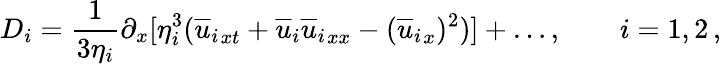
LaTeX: D_{i}=\frac{1}{3\eta_{i}}\partial_{x}[\eta_{i}^{3}({{\overline{{u}}}_{i}}_{xt}+{{\overline{{u}}}_{i}}{{\overline{{u}}}_{i}}_{xx}-({{\overline{{u}}}_{i}}_{x})^{2})]+\dots,\qquad{i=1,2}\, ,